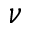
\nu